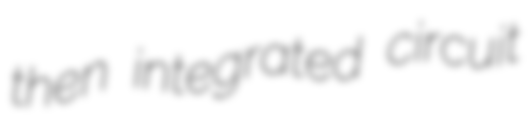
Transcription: then integrated circuit